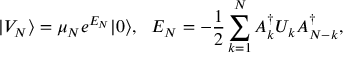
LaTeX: | V _ { N } \rangle = \mu _ { N } e ^ { E _ { N } } | 0 \rangle , \ \ E _ { N } = - { \frac { 1 } { 2 } } \sum _ { k = 1 } ^ { N } A _ { k } ^ { \dagger } U _ { k } A _ { N - k } ^ { \dagger } ,